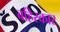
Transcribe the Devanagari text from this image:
बहिस्कार